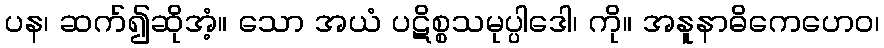
ပန၊ ဆက်၍ဆိုအံ့။ သော အယံ ပဋိစ္စသမုပ္ပါဒေါ၊ ကို။ အနူနာဓိကေဟေဝ၊